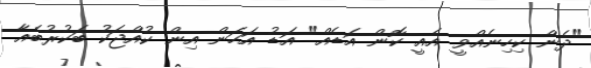
"ދެން ކިހިނެއްވީ އެއީ ކޮން އަޑެއް" އަޑު އަހަން އިން ކުއްޖަކު ބަކުރުބެއާ